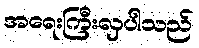
အရေးကြီးလှပါသည်